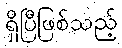
ရှိပြီဖြစ်သည့်